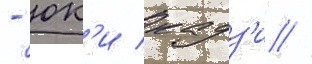
- юк'и кадз'и //